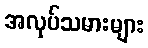
အလုပ်သမားများ